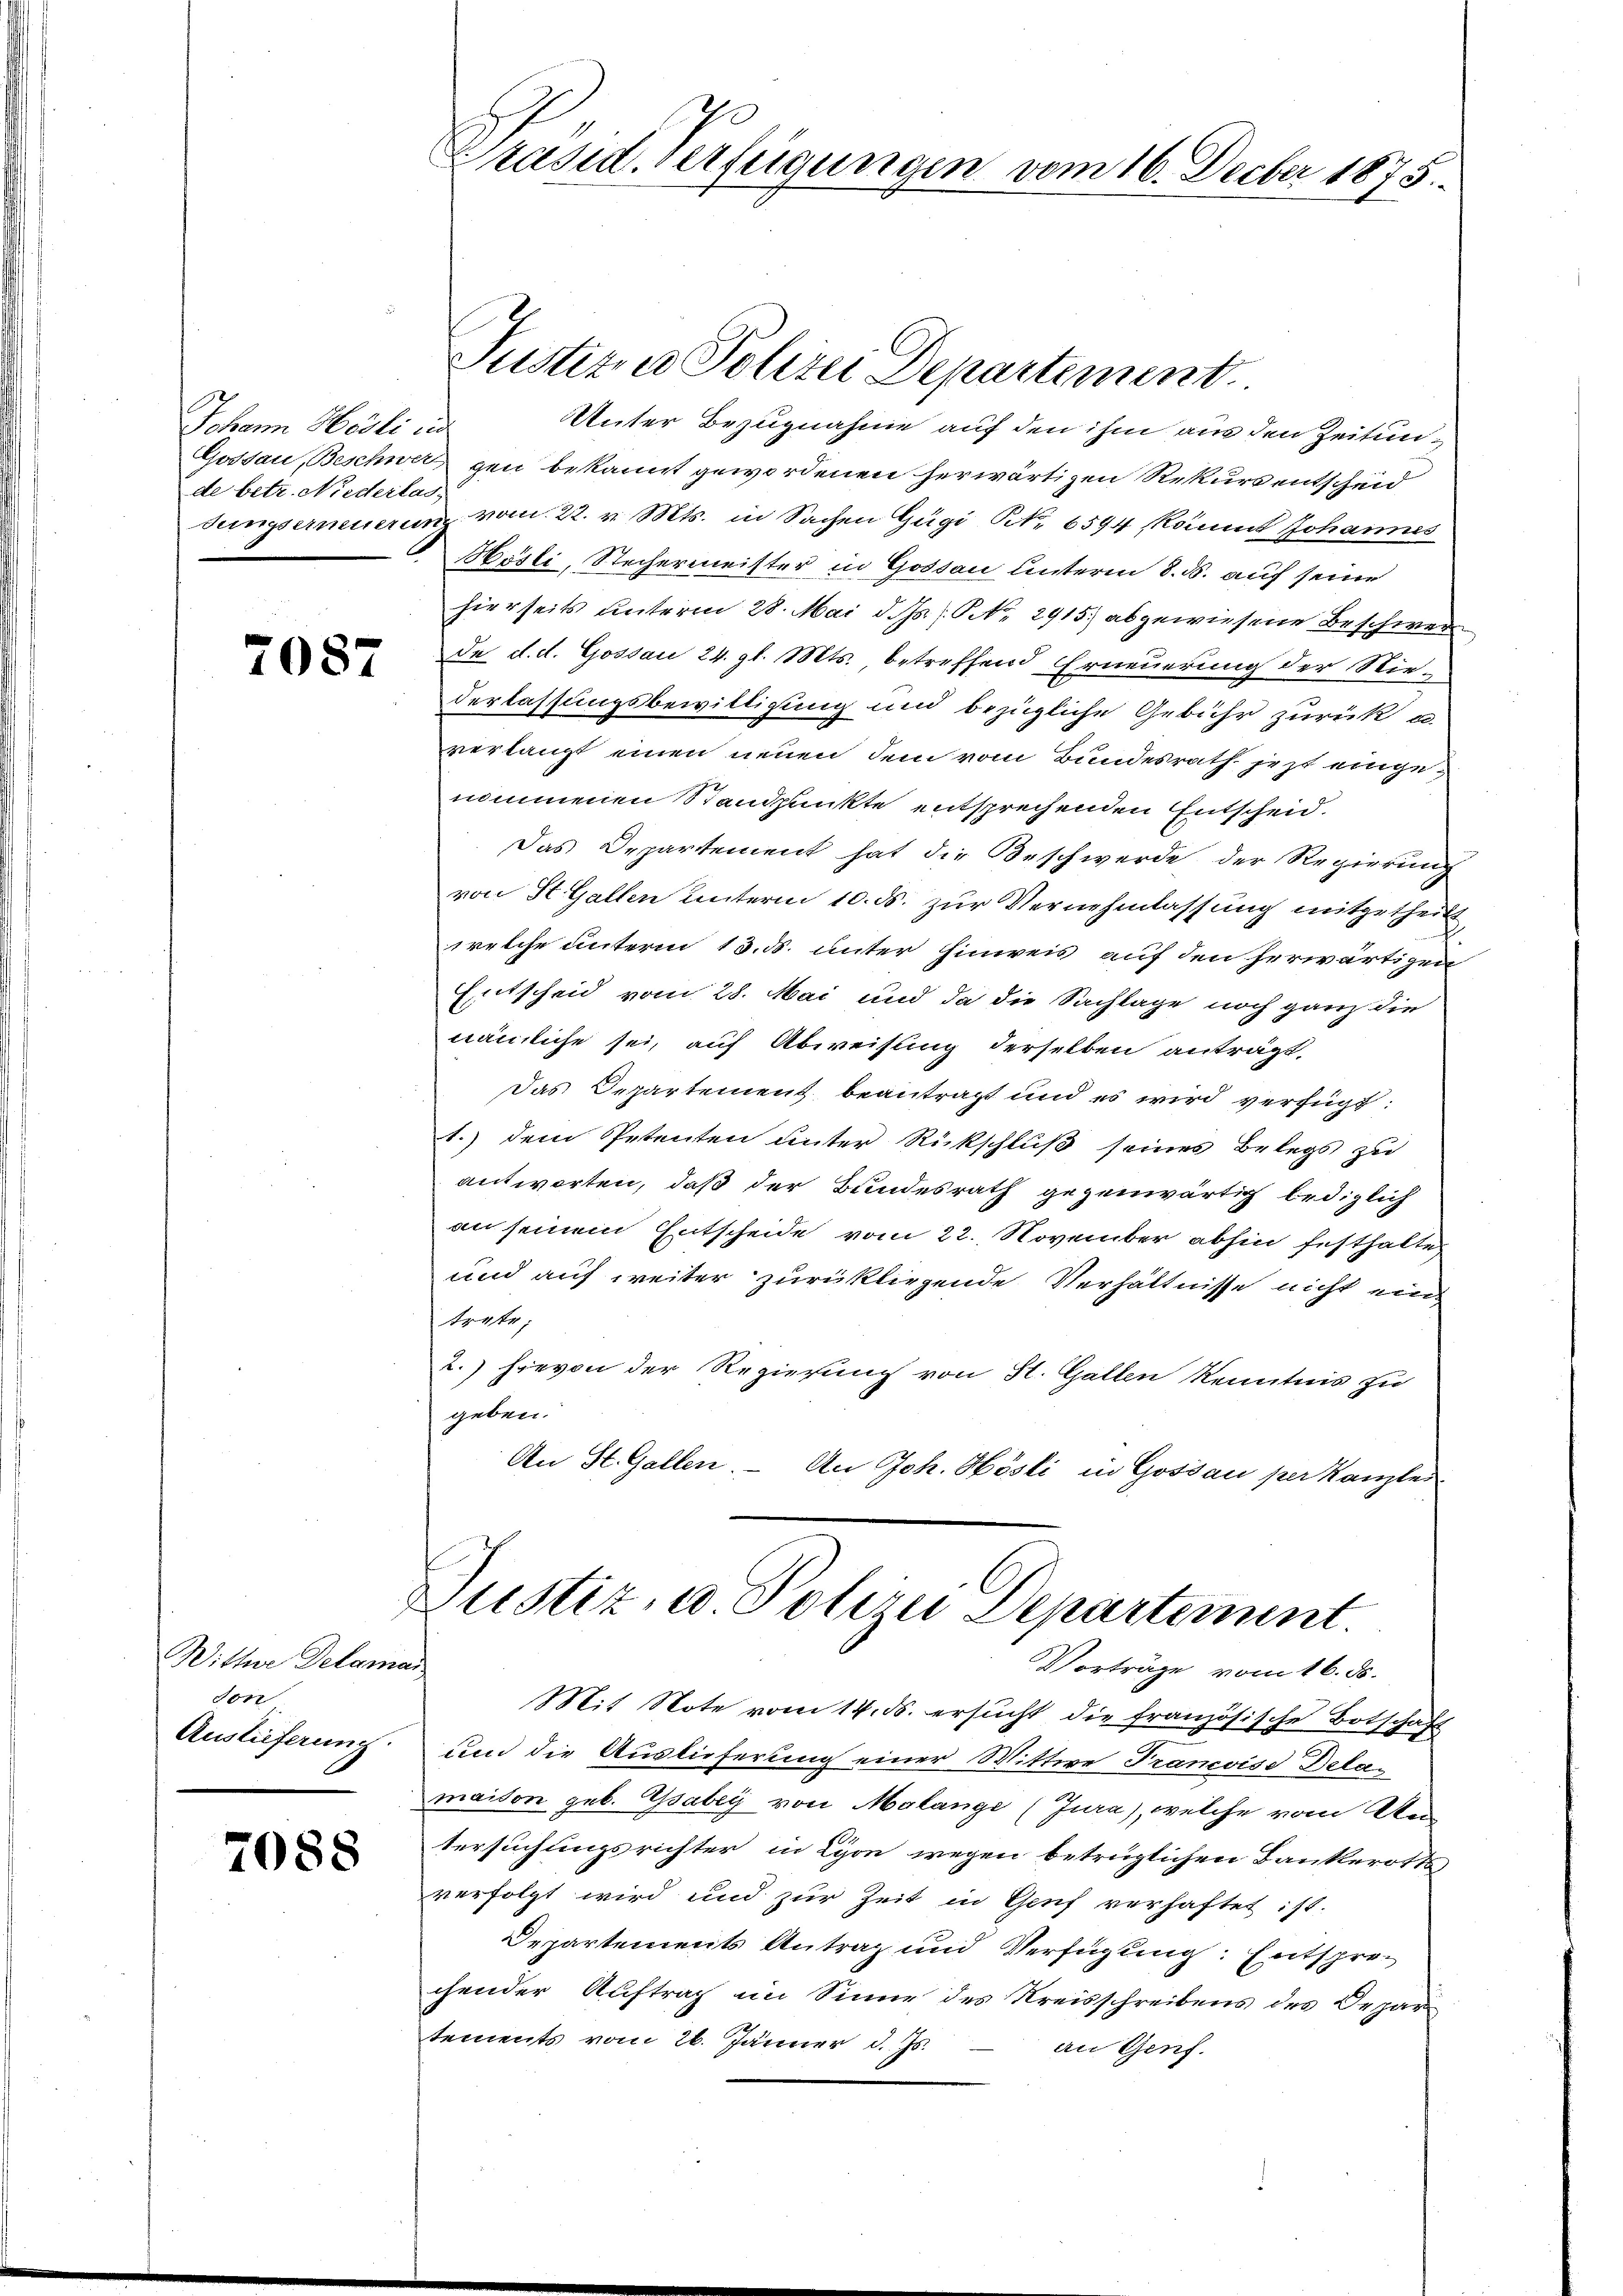
Johann Hesli in
de betr. Niederlas

7087

Wittwe Delaman
don
Auslieferung.

7088

Präsid. Verfügungen vom 16. Decber 1875.

Justiz & Polizei Departement.
Unter Bezugnahme auf den ihm aus den Zeitun¬
Gossau, Beschwer gen bekannt gewordenen herwärtigen Rekurs entscheid
sungserneuerung vom 22. v. Mts. in Sachen Gägi N. 6594 kannt Johannes
Hösli, Stechermeister in Gossau unterm 8. d. auf seine
hierseits unterm 28. Mai d. Js. No. 2915 abgewiesene Beschwer
de d. d. Gossau 24. gl. Mts. betreffend Erneuerung der Niederlassungsbewilligung und bezügliche Gebühr zurück e
verlangt einen neuen dem vom Bundesrath jezt eingenommenen Standpunkte entsprechenden Entscheid.
Das Departement hat die Beschwerde der Regierung
von St. Gallen unterm 10. ds. zur Vernehmlassung mitgetheilt,
welche unterm 13. ds. unter hinweis auf den herwärtigen
Entscheid vom 28. Mai und da die Sachlage noch ganz die
nämliche sei, auf Abweisung derselben anträgt,
Das Departement beantragt und es wird verfügt:
1.) dem Petenten unter Rückschluß seines Belegs zu
antworten, daß der Bundesrath gegenwärtig lediglich
an seinem Entscheide vom 22. November abhin festhalten
und auf weiter zurückliegende Verhältnisse nicht ein
trete;
2.) Hievon der Regierung von St. Gallen Kenntnis zu
geben.
An St. Gallen. – An Joh. Hösli in Gossau per kanzlei

Justiz- u. Polizei Departement.
Vorträge vom 16. ds.

Mit Note vom 14. ds. ersucht die französische Botschaft
und die Auslieferung einer Wittwe Tranevise Delamaison geb. Gsabey von Malange (Jura), welche vom Au
tersuchungsrichter in Lyon wegen betrüglichen Bankerotts
verfolgt wird und zur Zeit in Genf verhaftet ist.
Departements Antrag und Verfügung: Entsprechender Auftrag im Sinne des Kreisschreibens des Departements vom 26. Jänner d. Js.
an Genf.